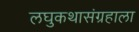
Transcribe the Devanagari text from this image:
लघुकथासंग्रहाला